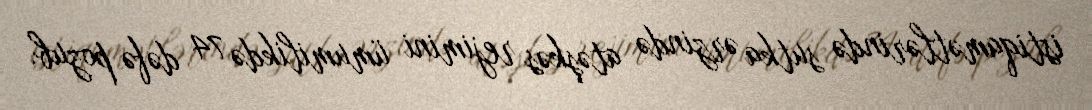
istiqamətlərində sutka ərzində atəşkəs rejimini ümumilikdə 74 dəfə pozub.